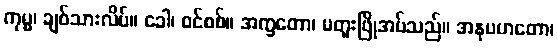
ကုမ္မ၊ ချစ်သားလိပ်။ ခေါ၊ စင်စစ်။ အက္ခတော၊ မတူးဖြိုအပ်သည်။ အနုပဟတော၊